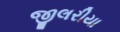
જીલરીયા